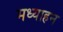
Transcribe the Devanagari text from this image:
मध्याहन